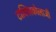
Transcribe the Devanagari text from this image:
टाक्सिकोलाजी